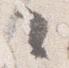
々